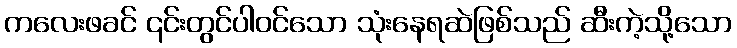
ကလေးဖခင် ၎င်းတွင်ပါဝင်သော သုံးနေရဆဲဖြစ်သည် ဆီးကဲ့သို့သော